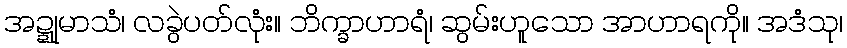
အဍ္ဍုမာသံ၊ လခွဲပတ်လုံး။ ဘိက္ခာဟာရံ၊ ဆွမ်းဟူသော အာဟာရကို။ အဒံသု၊